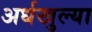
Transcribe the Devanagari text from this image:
अर्धखुल्या